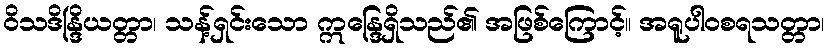
ဝိသဒိန္ဒြိယတ္တာ၊ သန့်ရှင်းသော ဣန္ဒြေရှိသည်၏ အဖြစ်ကြောင့်။ အရူပါဝစရသတ္တာ၊